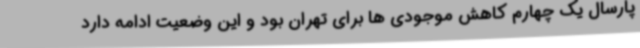
پارسال یک چهارم کاهش موجودی ها برای تهران بود و این وضعیت ادامه دارد